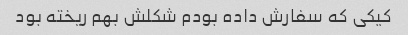
کیکى که سفارش داده بودم شکلش بهم ریخته بود